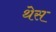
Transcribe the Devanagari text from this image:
थेस